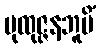
ပုထုဇ္ဇနဘူမိံ